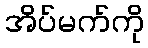
အိပ်မက်ကို